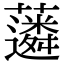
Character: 𧁽